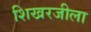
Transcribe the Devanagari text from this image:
शिखरजीला